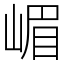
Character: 嵋